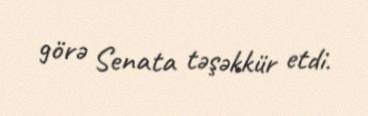
görə Senata təşəkkür etdi.